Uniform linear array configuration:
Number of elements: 4
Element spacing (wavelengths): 1
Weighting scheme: exponential
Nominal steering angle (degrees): -45
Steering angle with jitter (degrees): -43.83
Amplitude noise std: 0.05
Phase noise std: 0.05

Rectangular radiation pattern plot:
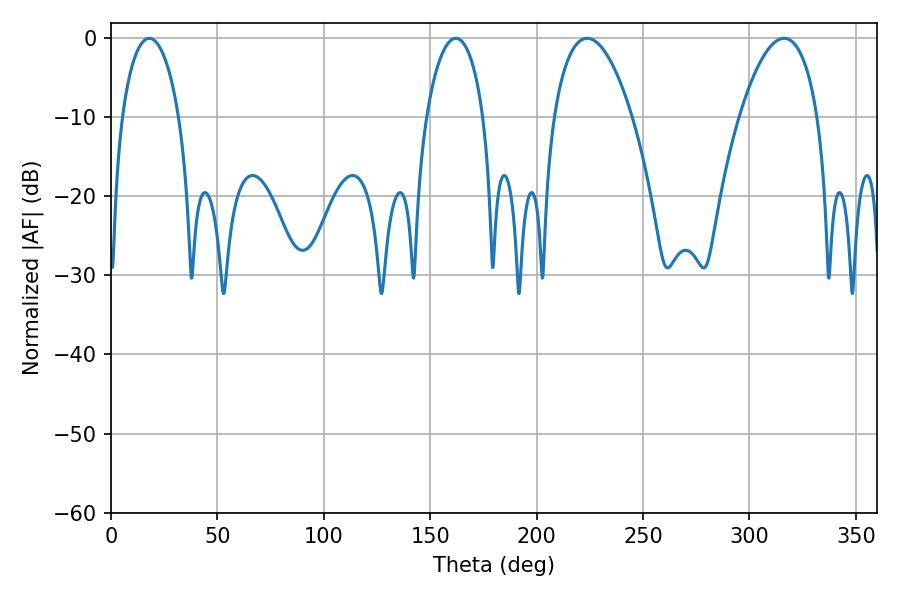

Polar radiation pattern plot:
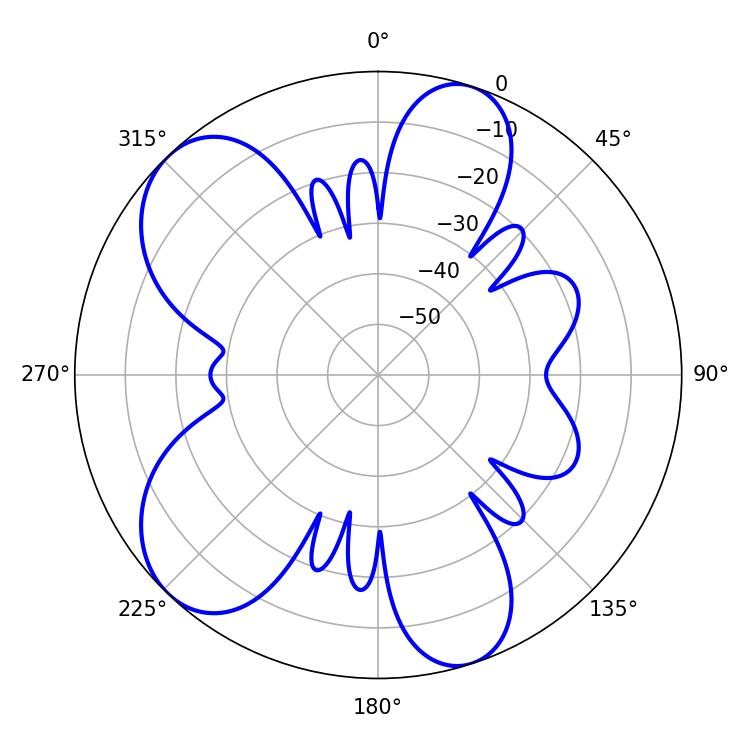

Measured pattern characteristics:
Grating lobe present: TRUE
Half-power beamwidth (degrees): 20.52
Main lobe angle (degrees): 223.74